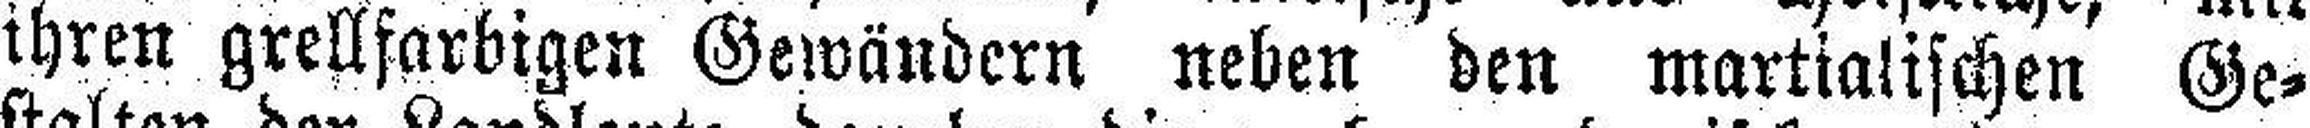
ihren grellfarbigen Gewändern neben den martialischen Ge¬